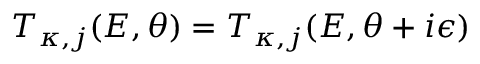
T _ { \kappa , j } ( E , \theta ) = T _ { \kappa , j } ( E , \theta + i \epsilon )